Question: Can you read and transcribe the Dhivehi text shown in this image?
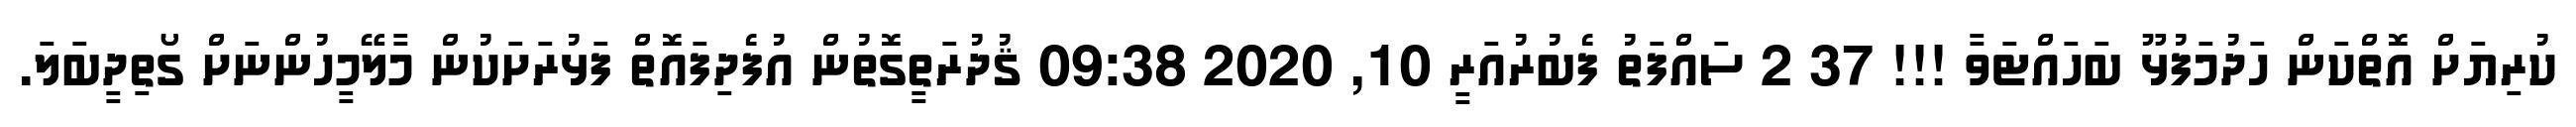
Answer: ކުރިޔަށް އޮތްކަން ހަދުމަފުޅޫ ބަހައްޓަވާ !!! 37 2 ސައްފަތު ފެބުރުއަރީ 10, 2020 09:38 ޤުދުރަތީގޮތުން އުފެދިފައޮތް ފަޅުރަށަކުން މާލޭމީހުންނަށް ގޯތިދީބަލަ.